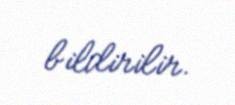
bildirilir.